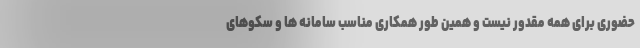
حضوری برای همه مقدور نیست و همین طور همکاری مناسب سامانه ها و سکوهای